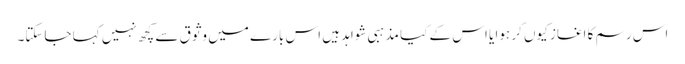
اس رسم کا اغاز کیوں کر ہوا یا اس کے کیا مذہبی شواہد ہیں اس بارے میں وثوق سے کچھ نہیں کہا جاسکتا۔